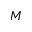
M